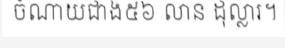
ចំណាយជាង៥៦ លាន ដុល្លារ។